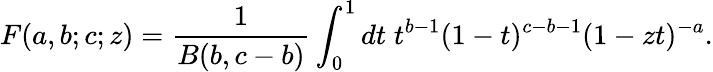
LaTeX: F(a,b;c;z)=\frac{1}{B(b,c-b)}\int_{0}^{1}{dt\; t^{b-1}(1-t)^{c-b-1}(1-zt)^{-a}}.